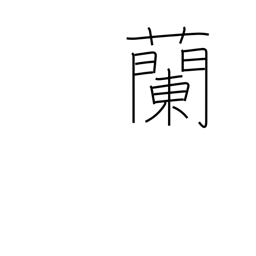
Meaning: orchid